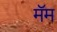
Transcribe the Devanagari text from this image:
मॅम